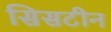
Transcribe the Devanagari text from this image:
सिसटीन